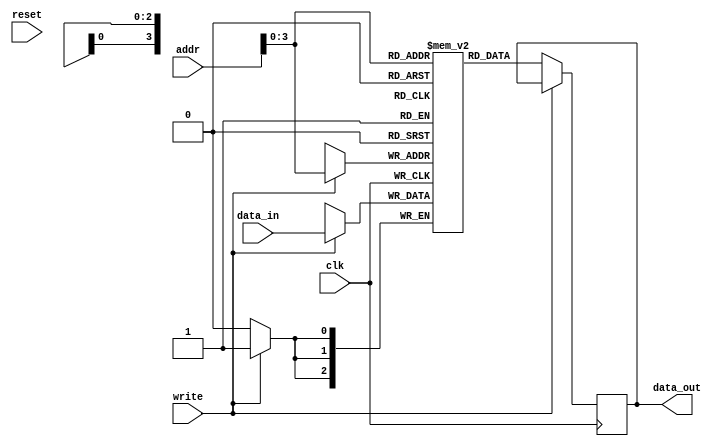
module memory(
  input clk,
  input reset,
  input write,
  input [2:0]data_in,
  input [4:0]addr,
  output reg [2:0]data_out);
  
  reg [2:0]ram[15:0];
  always @(posedge clk) begin
     if(write)
      ram[addr]<=data_in;
    else
      data_out<=ram[addr];
  end
endmodule